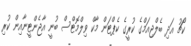
ކޯޗު އަދި ބެލްޖިއަމްގެ ކުރީގެ ކެޕްޓަން މާކް ވިލްމޮޓްސް ބުނީ އާޖެންޓީނާއިން ކުރި